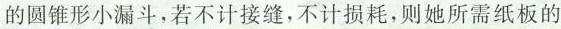
的圆锥形小漏斗，若不计接缝，不计损耗，则她所需纸板的